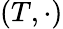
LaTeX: (T,\cdot)